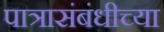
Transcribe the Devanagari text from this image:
पात्रासंबंधीच्या